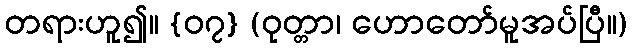
တရားဟူ၍။ {၀၇} (ဝုတ္တာ၊ ဟောတော်မူအပ်ပြီ။)